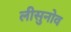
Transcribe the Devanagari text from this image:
लीसुनोव